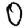
Digit: 0